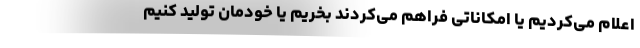
اعلام می‌کردیم یا امکاناتی فراهم می‌کردند بخریم یا خودمان تولید کنیم